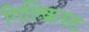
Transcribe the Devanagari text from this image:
गिल्क्रिस्ट